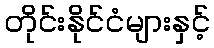
တိုင်းနိုင်ငံများနှင့်